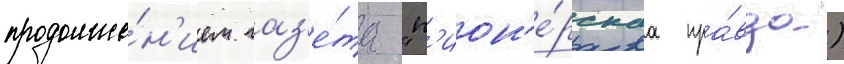
продолже́н'ием газ'е́та "п'ион'е́рскаа пра́вда")